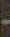
-